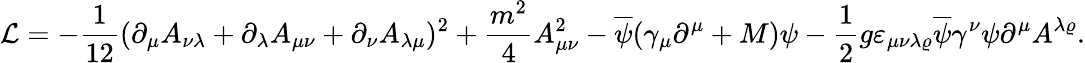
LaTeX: {\cal L}=-\frac{1}{12}(\partial_{\mu}A_{\nu\lambda}+\partial_{\lambda}A_{\mu\nu}+\partial_{\nu}A_{\lambda\mu})^{2}+\frac{m^{2}}{4}A_{\mu\nu}^{2}-\overline{{{\psi}}}(\gamma_{\mu}\partial^{\mu}+M)\psi-\frac{1}{2}g\varepsilon_{\mu\nu\lambda\varrho}\overline{{{\psi}}}\gamma^{\nu}\psi\partial^{\mu}A^{\lambda\varrho}.